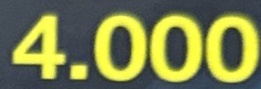
4.000